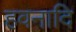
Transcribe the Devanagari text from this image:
हवनादि